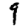
Digit: 9